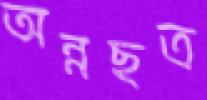
অন্নছত্র